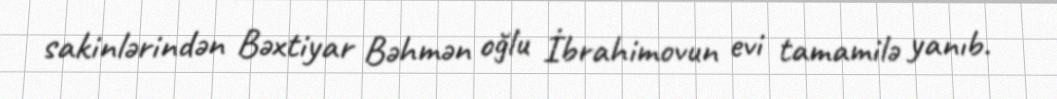
sakinlərindən Bəxtiyar Bəhmən oğlu İbrahimovun evi tamamilə yanıb.